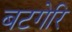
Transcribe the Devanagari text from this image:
बटगेरि